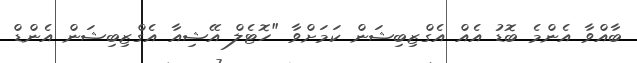
ބާއްވާ އެންމެ ބޮޑު އެއް އެގްޒިބިޝަން ކަމަށްވާ "ހޮޓެލް އޭޝިއާ އެގްޒިބިޝަން އެންޑް